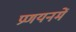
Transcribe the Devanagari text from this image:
प्रणयनमें